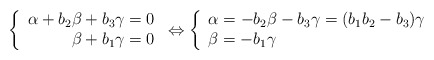
\begin{align*}\left\{\begin{array}{r}\displaystyle\alpha+b_2\beta+b_3\gamma=0\\\beta+b_1\gamma=0\\\end{array}\right.\Leftrightarrow\left\{\begin{array}{l}\displaystyle\alpha=-b_2\beta-b_3\gamma=(b_1b_2-b_3)\gamma\\\beta=-b_1\gamma\\\end{array}\right.\end{align*}